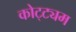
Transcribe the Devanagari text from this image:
कोट्ट्यम